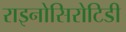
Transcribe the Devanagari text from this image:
राइनोसिरोटिडी